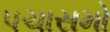
પચાસમો